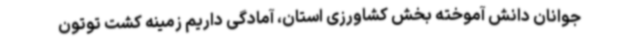
جوانان دانش آموخته بخش کشاورزی استان، آمادگی داریم زمینه کشت توتون